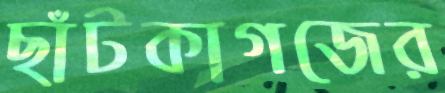
ছাঁটকাগজের